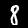
Digit: 8